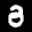
Label: 8